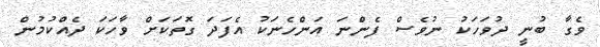
ވެގާ ބުނީ ދުވަހަކު ނުވެސް ފެންނަ އަންހެނަކު އެފަދަ ގޮތަކަށް ވާހަކަ ދެއްކުމުން